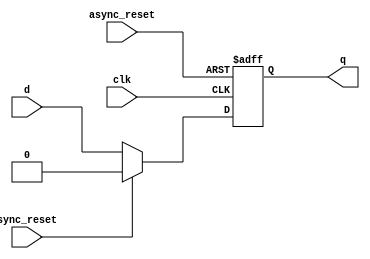
module dff_asyncres_syncres ( input clk , input async_reset , input sync_reset , input d , output reg q );
always @ (posedge clk , posedge async_reset)
begin
	if(async_reset)
		q <= 1'b0;
	else if (sync_reset)
		q <= 1'b0;
	else	
		q <= d;
end
endmodule